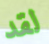
لقد